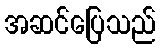
အဆင်ပြေသည်